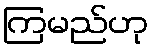
ကြမည်ဟု